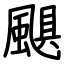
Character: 颶